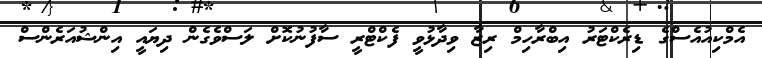
އެމްކިއުއެސްގެ ޑިރެކްޓަރު އިބްރާހިމް ރިޒާ ވިދާޅުވީ ފެކްޓްރީ ސާފުނުކޮށް ލަސްވެގެން ދިޔައީ އިންޝުއަރެންސް